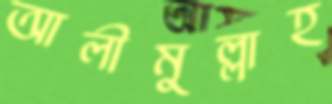
আলীমুল্লাহ